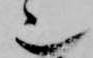
也